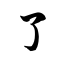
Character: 了